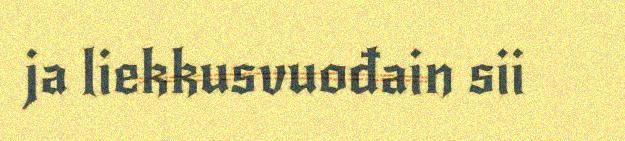
ja liekkusvuođain sii